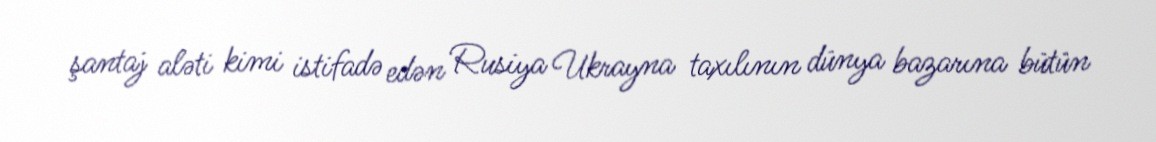
şantaj aləti kimi istifadə edən Rusiya Ukrayna taxılının dünya bazarına bütün